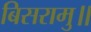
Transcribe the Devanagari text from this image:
बिसरामु॥